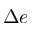
\Delta e